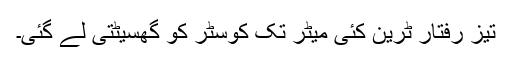
تیز رفتار ٹرین کئی میٹر تک کوسٹر کو گھسیٹتی لے گئی۔